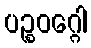
ပဉ္စဝဂ္ဂေါ